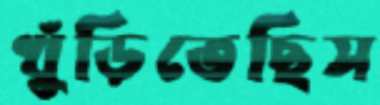
খুঁড়িতেছিস